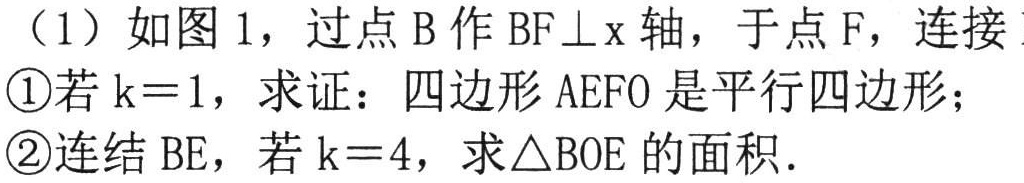
（1）如图1，过点\(B\)作\(BF\perp x\)轴，于点\(F\)，连接
\textcircled{1}若\(k = 1\)，求证：四边形\(AEFO\)是平行四边形；
\textcircled{2}连结\(BE\)，若\(k = 4\)，求\(\triangle BOE\)的面积.